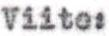
Viite: